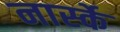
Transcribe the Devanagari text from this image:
नार्स्के